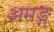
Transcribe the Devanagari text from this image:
अमङ्ग्